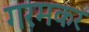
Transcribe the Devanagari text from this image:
गरमकर